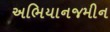
અભિયાનજમીન